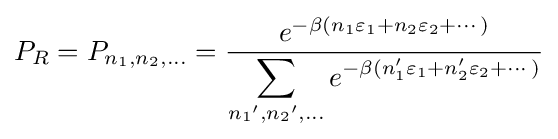
P_{R}=P_{n_{1},n_{2},\ldots }={\frac {e^{-\beta (n_{1}\varepsilon _{1}+n_{2}\varepsilon _{2}+\cdots )}}{\displaystyle \sum _{{n_{1}}',{n_{2}}',\ldots }e^{-\beta (n_{1}'\varepsilon _{1}+n_{2}'\varepsilon _{2}+\cdots )}}}